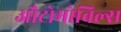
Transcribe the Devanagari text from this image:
औटोमोविल्स